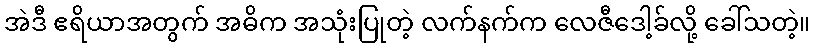
အဲဒီ ဧရိယာအတွက် အဓိက အသုံးပြုတဲ့ လက်နက်က လေဇီဒေါ့ခ်လို့ ခေါ်သတဲ့။